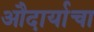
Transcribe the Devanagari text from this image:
औदार्याचा